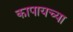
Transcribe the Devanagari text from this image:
कापायच्या